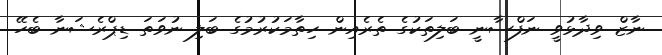
ނާޒް ވިދާޅުވީ ނަފްސާނީ ބަލިތަކުގެ ތެރެއިން ހިތާމަކުރުމުގެ ބަލި ނުވަތަ ޑިޕްރެޝަނާ ބެހޭ